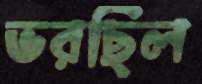
ভরছিল